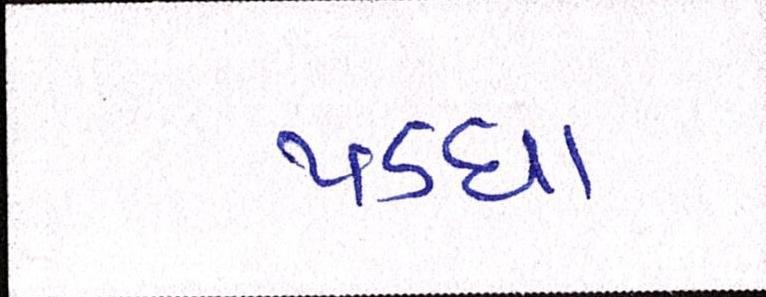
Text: પડઘા